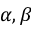
\alpha , \beta